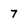
Character: 7